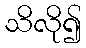
သိလို၍